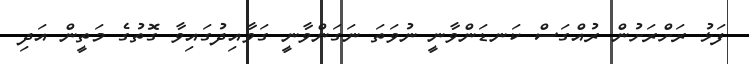
ފަޅު ރަށްރަށުން ރުއްގަސް ކަނޑަންވާނީ ނުވަތަ ނަގަންވާނީ ގަވާއިދުގައިވާ ގޮތުގެ މަތީން އަދި